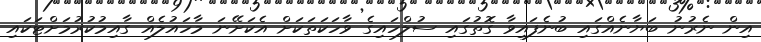
އިން ނެރުނު ބަޔާނެއްގައި ބުނެފައިވާ ގޮތުގައި ސުލްހައިގެ ވާހަކަތަކަށް އެކަށޭނަ މާހައުލެއް ގާއިމުކުރުމަށްޓަކައި